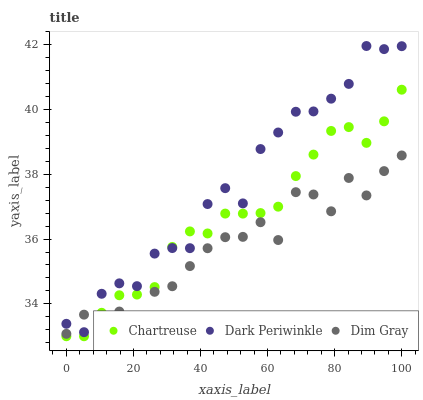
| xaxis_label | Chartreuse | Dark Periwinkle | Dim Gray |
 | --- | --- | --- | --- |
 | 0 | 33 | 33.4 | 33.1 |
 | 5.26 | 33 | 33.1 | 33.7 |
 | 10.5 | 33.7 | 34.3 | 33.4 |
 | 15.8 | 34.3 | 34.6 | 33.8 |
 | 21.1 | 34.3 | 34.5 | 33.5 |
 | 26.3 | 34.5 | 35.6 | 34.4 |
 | 31.6 | 35.8 | 35.7 | 34.5 |
 | 36.8 | 36.2 | 35.7 | 35.2 |
 | 42.1 | 36.2 | 37.1 | 35.7 |
 | 47.4 | 36.8 | 37.6 | 36.1 |
 | 52.6 | 36.8 | 37.1 | 36.1 |
 | 57.9 | 36.8 | 38.8 | 36.5 |
 | 63.2 | 37 | 39.3 | 36 |
 | 68.4 | 37.9 | 39.9 | 37.4 |
 | 73.7 | 38.6 | 39.9 | 37.4 |
 | 78.9 | 39.3 | 40.3 | 36.9 |
 | 84.2 | 39.5 | 40.8 | 37.9 |
 | 89.5 | 39 | 42 | 37.3 |
 | 94.7 | 39.6 | 41.9 | 38.1 |
 | 100 | 40.6 | 42 | 38.6 |